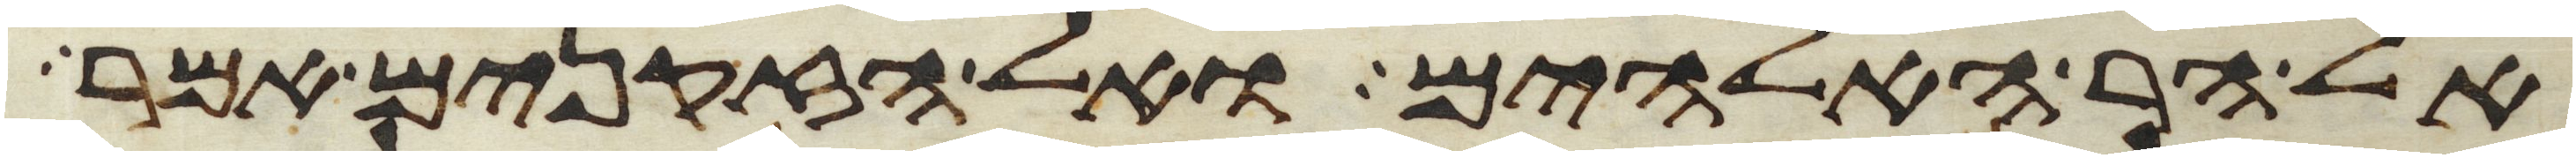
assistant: אל הר האלהים ואל הזקנים אמר